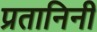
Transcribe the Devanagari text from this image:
प्रतानिनी